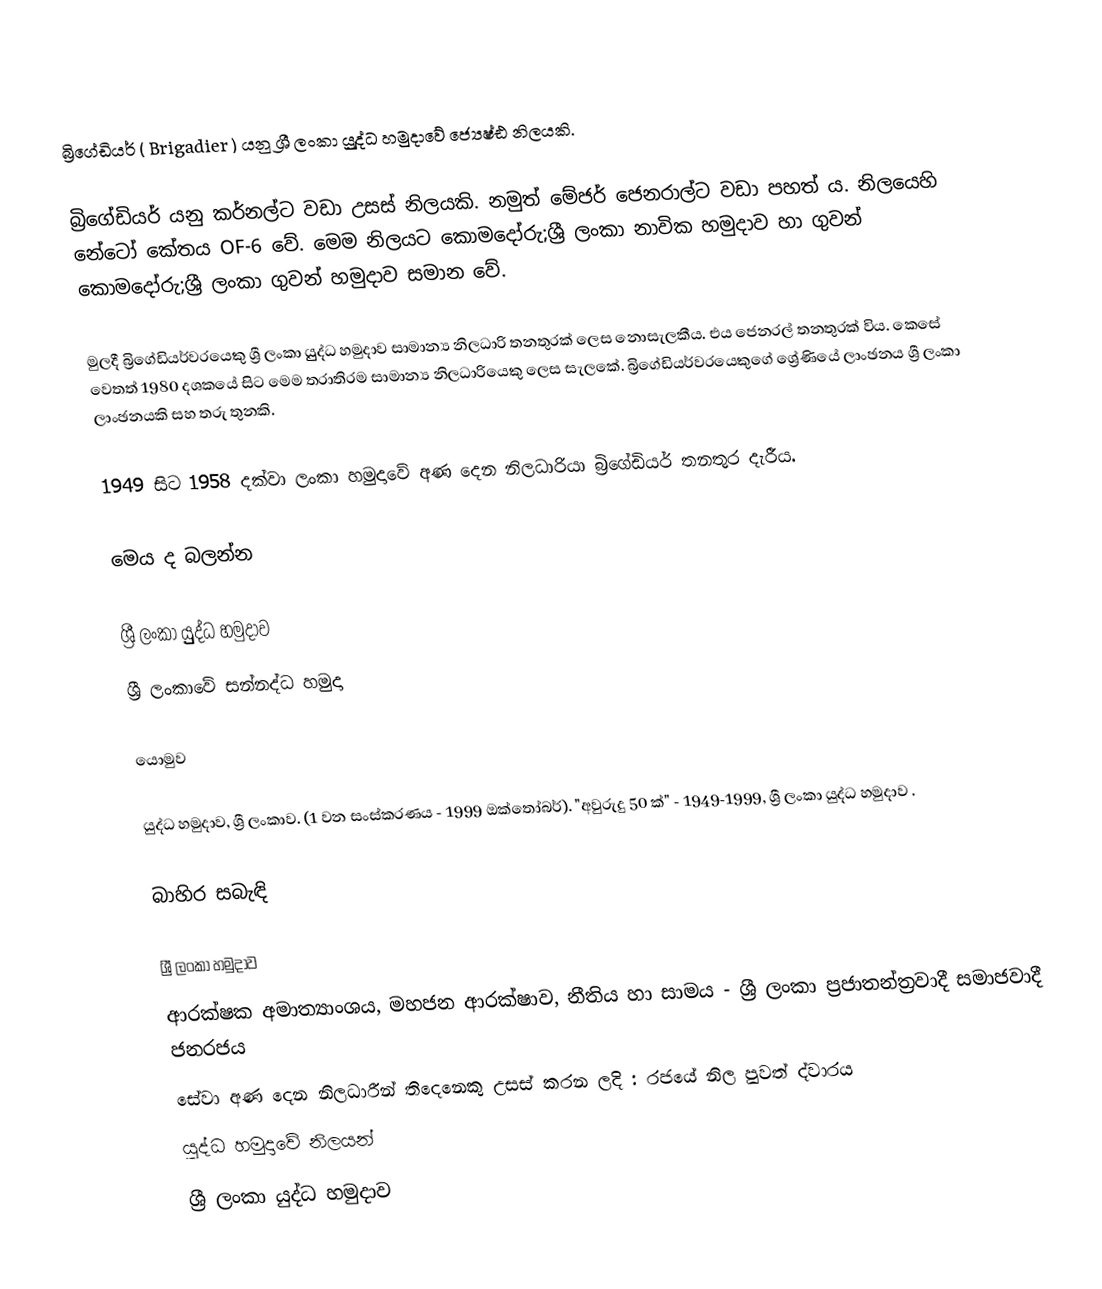
බ්‍රිගේඩියර් ( Brigadier ) යනු ශ්‍රී ලංකා යුුුුද්ධ හමුදාවේ ජ්‍යෙෂ්ඪ නිලයකි.

බ්‍රිගේඩියර් යනු කර්නල්ට වඩා උසස් නිලයකි. නමුත් මේජර් ජෙනරාල්ට වඩා පහත් ය. නිලයෙහි නේටෝ කේතය OF-6 වේ. මෙම නිලයට  කොමදෝරු;ශ්‍රී ලංකා නාවික හමුදාව හා ගුවන් කොමදෝරු;ශ්‍රී ලංකා ගුවන් හමුදාව සමාන වේ.

මුලදී බ්‍රිගේඩියර්වරයෙකු  ශ්‍රී ලංකා යුුුද්ධ හමුදාව සාමාන්‍ය නිලධාරි තනතුරක් ලෙස නොසැලකීය. එය ජෙනරල් තනතුරක් විය. කෙසේ වෙතත් 1980 දශකයේ සිට මෙම තරාතිරම සාමාන්‍ය නිලධාරියෙකු ලෙස සැලකේ. බ්‍රිගේඩියර්වරයෙකුගේ ශ්‍රේණියේ ලාංඡනය ශ්‍රී ලංකා ලාංඡනයකි සහ තරු තුනකි.

1949 සිට 1958 දක්වා ලංකා හමුදාවේ අණ දෙන නිලධාරියා බ්‍රිගේඩියර් තනතුර දැරීය.

මෙය ද බලන්න

 ශ්‍රී ලංකා යුුුද්ධ හමුදාව
 ශ්‍රී ලංකාවේ සන්නද්ධ හමුදා

යොමුව

 යුද්ධ හමුදාව, ශ්‍රී ලංකාව. (1 වන සංස්කරණය - 1999 ඔක්තෝබර්). "අවුරුදු 50 ක්" - 1949-1999, ශ්‍රී ලංකා යුද්ධ හමුදාව .

බාහිර සබැඳි

 ශ්‍රී ලංකා හමුදාව
 ආරක්ෂක අමාත්‍යාංශය, මහජන ආරක්ෂාව, නීතිය හා සාමය - ශ්‍රී ලංකා ප්‍රජාතන්ත්‍රවාදී සමාජවාදී ජනරජය
 සේවා අණ දෙන නිලධාරීන් තිදෙනෙකු උසස් කරන ලදි   : රජයේ නිල පුවත් ද්වාරය
යුද්ධ හමුදාවේ නිලයන්
ශ්‍රී ලංකා යුද්ධ හමුදාව